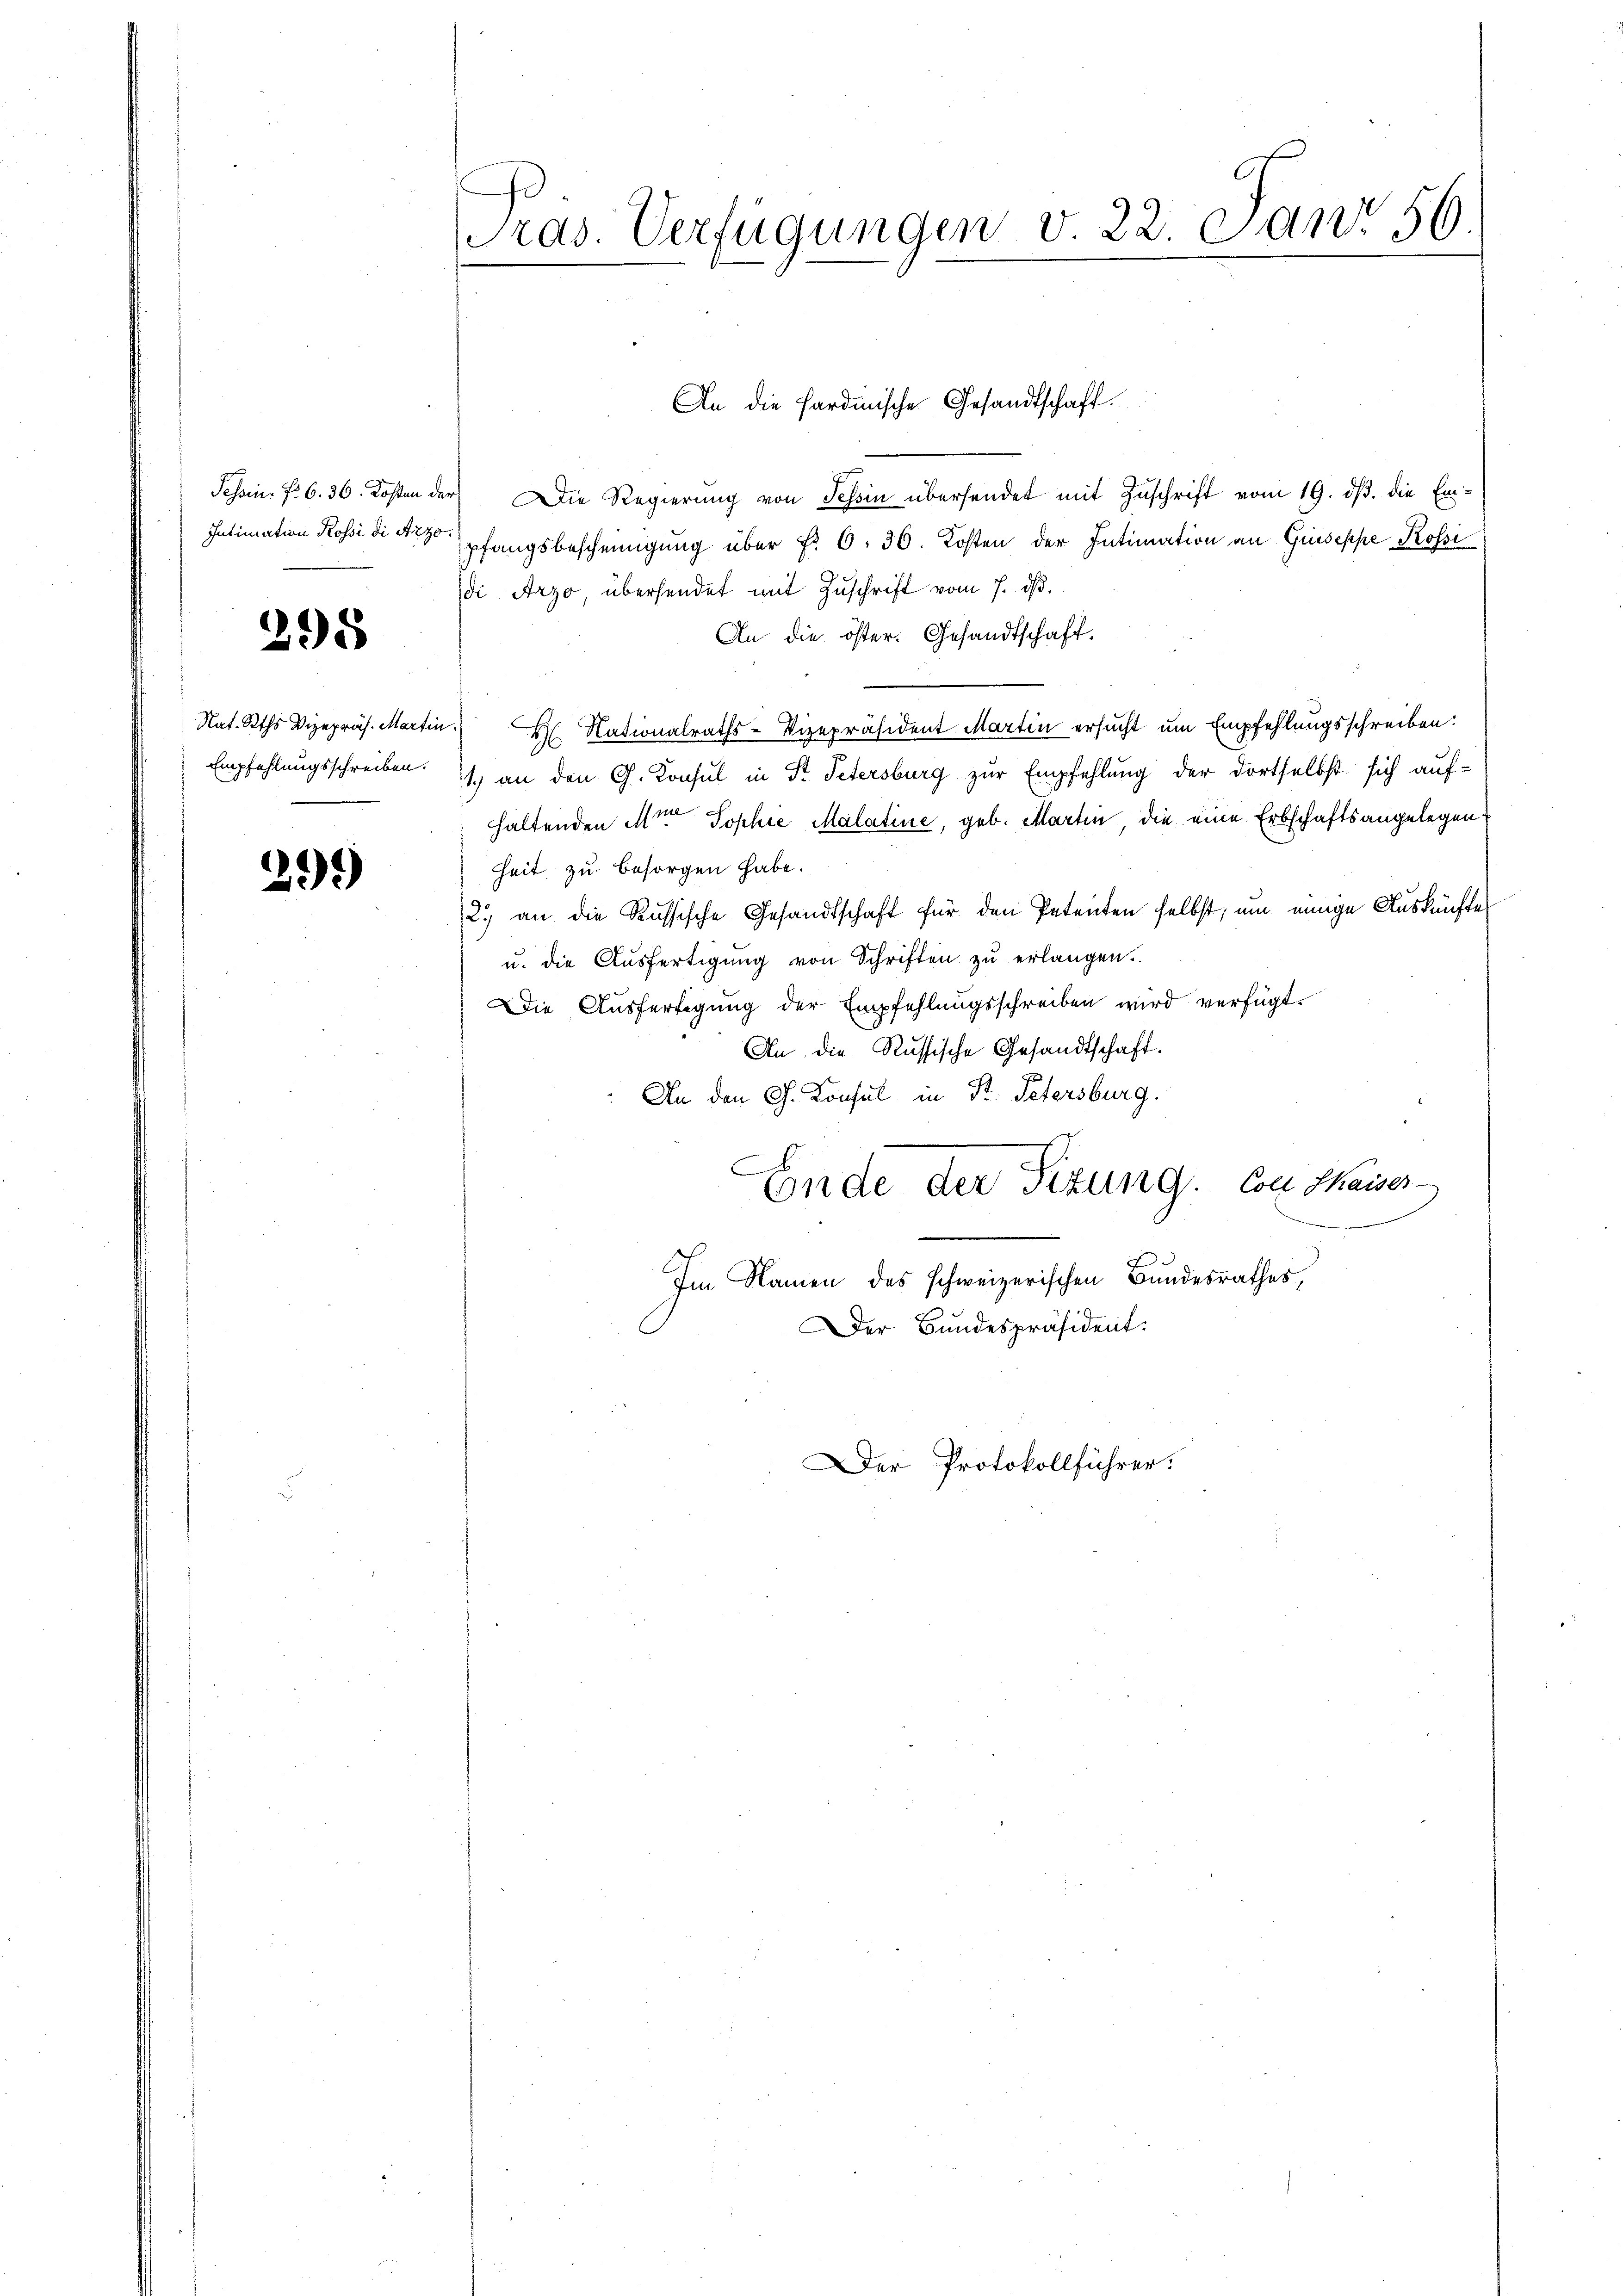
Tessin. Fr. 6. 36. Kosten d.
Intimation Rossi di Arze

295

Nat. Rths Vizepräs. Marti
Empfehlungsschreiben.

299)

Pras. Verfügungen v. 22. cano 56

4) Die Regierung von Tessin übersendet mit Zuschrift vom 19. dß. die Empfangsbescheinigung über Fr. 6. 30. Kosten der Intimation an Guseppe Rossi
di Arzo, übersendet mit Zuschrift vom 7. d.
An die öster. Gesandtschaft.
 Nationalraths-Vizepräsident Martin ersucht um Empfehlungsschreiben:
1.) an den G. Konsul in Fr. Petersburg zur Empfehlung der dortselbst sich auf-
haltenden Mit Sophie Malatine, geb. Martin, die eine Erbschaftsangelegen
heit zu besorgen habe.
2.) an die Russische Gesandtschaft für den Petenten selbst, um einige Auskünfte
u. die Ausfertigung von Schriften zu erlangen.
Die Ausfertigung der Empfehlungsschreiben wird verfügt:
An die Russische Gesandtschaft.
An den Ch. Konsul in St. Petersburg.
Ende der Sizung. Von Thauses
n
e
Im Namen des schweizerischen Bundesrathes,
Der Bundespräsident:
Der Protokollführer.

An die Hardmische Gesandtschaft.